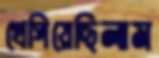
খেপিয়েছিলাম